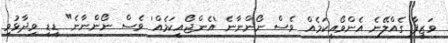
ވަޒީފާ ގެއްލޭނެ އެންވޯއީކަމެއް ވެސް ނޯންނާނެ 'އެންޖޯއީކަމެއް' ވެސް ނޯންނާނެ" ޑީޑީ ވިދާޅުވި